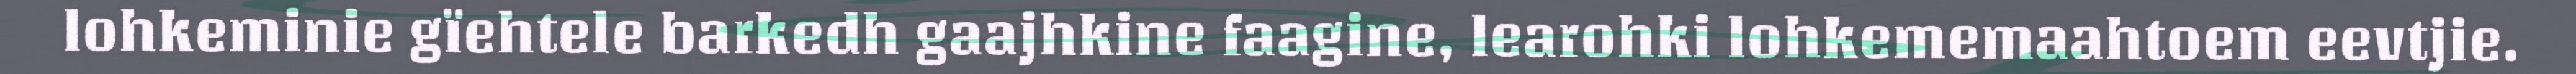
lohkeminie gïehtele barkedh gaajhkine faagine, learohki lohkememaahtoem eevtjie.